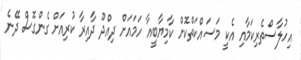
އިހުލާސްތެރިކަމާއި އެކީ މަސައްކަތްކޮށް ކާމިޔާބީއާ ހަމައަށް ދިއްދޫ ދާއިރާ ކުރިއަށް ގެންގޮސް ދޭނެ